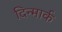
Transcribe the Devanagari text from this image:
दिन्मार्क